Indian journal of veterinary science and animal husbandry - Volume 8,
Year: 1938
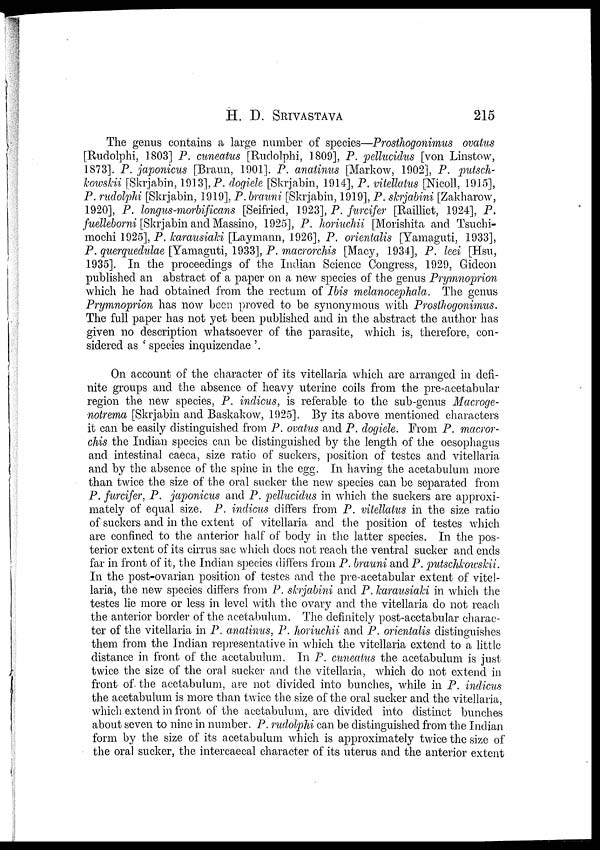
H. D.
SRIVASTAVA
215
The genus contains a large number of species—Prosthogonimus ovatus
[Rudolphi, 1803] P. cuneatus [Rudolphi, 1809], P. pellucidus [von Linstow,
1873]. P. japonicus [Braun, 1901]. P. anatinus [Markow, 1902], P. putsch¬
kowskii [Skrjabin, 1913], P. dogiele [Skrjabin, 1914], P. vitellatus [Nicoll, 1915],
P. rudolphi [Skrjabin, 1919], P. brauni [Skrjabin, 1919], P. skrjabini [Zakharow,
1920], P. longus-morbificans [Seifried, 1923], P. furcifer [Railliet, 1924], P.
fuelleborni [Skrjabin and Massino, 1925], P. horiuchii [Morishita and Tsuchi¬
mochi 1925], P. karausiaki [Laymann, 1926], P. orientalis [Yamaguti, 1933],
P. querquedudae [Yamaguti, 1933], P. macrorchis [Macy, 1934], P. leei [Hsu,
1935]. In the proceedings of the Indian Science Congress, 1929, Gideon
published an abstract of a paper on a new species of the genus Prymnoprion
which he had obtained from the rectum of Ibis melanocephala. The genus
Prymnoprion has now been proved to be synonymous with Prosthogonimus.
The full paper has not yet been published and in the abstract the author has
given no description whatsoever of the parasite, which is, therefore, con-
sidered as ' species inquizendae '.
On account of the character of its vitellaria which are arranged in defi-
nite groups and the absence of heavy uterine coils from the pre-acetabular
region the new species, P. indicus, is referable to the sub-genus Macroge-
notrema [Skrjabin and Baskakow, 1925]. By its above mentioned characters
it can be easily distinguished from P. ovatus and P. dogiele. From P. macror¬
chis the Indian species can be distinguished by the length of the oesophagus
and intestinal caeca, size ratio of suckers, position of testes and vitellaria
and by the absence of the spine in the egg. In having the acetabulum more
than twice the size of the oral sucker the new species can be separated from
P. furcifer, P. japonicus and P. pellucidus in which the suckers are approxi-
mately of equal size. P. indicus differs from P. vitellatus in the size ratio
of suckers and in the extent of vitellaria and the position of testes which
are confined to the anterior half of body in the latter species. In the pos-
terior extent of its cirrus sac which does not reach the ventral sucker and ends
far in front of it, the Indian species differs from P. brauni and P. putschkowskii.
In the post-ovarian position of testes and the pre-acetabular extent of vitel-
laria, the new species differs from P. skrjabini and P. karausiaki in which the
testes lie more or less in level with the ovary and the vitellaria do not reach
the anterior border of the acetabulum. The definitely post-acetabular charac-
ter of the vitellaria in P. anatinus, P. horiuchii and P. orientalis distinguishes
them from the Indian representative in which the vitellaria extend to a little
distance in front of the acetabulum. In P. cuneatus the acetabulum is just
twice the size of the oral sucker and the vitellaria, which do not extend in
front of the acetabulum, are not divided into bunches, while in P. indicus
the acetabulum is more than twice the size of the oral sucker and the vitellaria,
which extend in front of the acetabulum, are divided into distinct bunches
about seven to nine in number. P. rudolphi can be distinguished from the Indian
form by the size of its acetabulum which is approximately twice the size of
the oral sucker, the intercaecal character of its uterus and the anterior extent